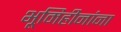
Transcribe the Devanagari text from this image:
भूमिहीनांना